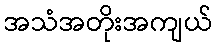
အသံအတိုးအကျယ်